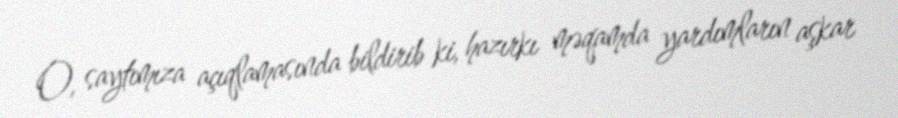
O, saytımıza açıqlamasında bildirib ki, hazırkı məqamda yardımların aşkar